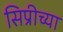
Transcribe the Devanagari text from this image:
सिप्रीच्या